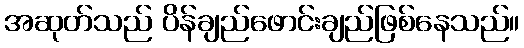
အဆုတ်သည် ပိန်ချည်ဖောင်းချည်ဖြစ်နေသည်။